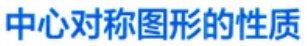
中心对称图形的性质